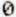
0